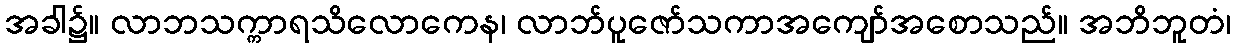
အခါ၌။ လာဘသက္ကာရသိလောကေန၊ လာဘ်ပူဇော်သကာအကျော်အစောသည်။ အဘိဘူတံ၊